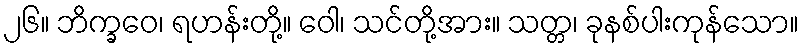
၂၆။ ဘိက္ခဝေ၊ ရဟန်းတို့။ ဝေါ၊ သင်တို့အား။ သတ္တ၊ ခုနစ်ပါးကုန်သော။